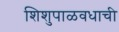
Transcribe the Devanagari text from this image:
शिशुपाळवधाची